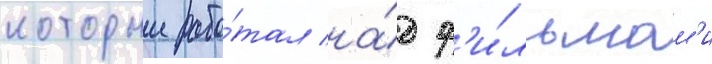
которыи рабо́тал на́д ф'и́льмам'и